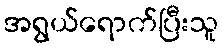
အရွယ်ရောက်ပြီးသူ